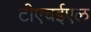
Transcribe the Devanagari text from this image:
टीएचईएल